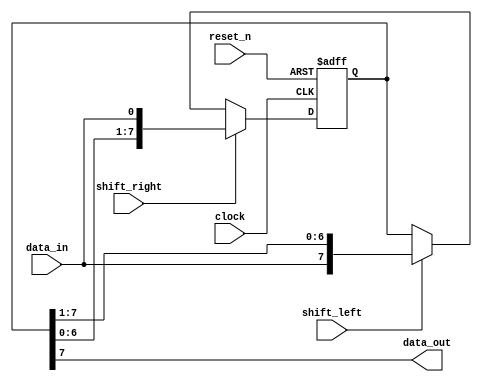
module shift_register(
  input wire clock,
  input wire reset_n,
  input wire shift_right,
  input wire shift_left,
  input wire data_in,
  output reg data_out
);

reg [7:0] reg_data;

always @(posedge clock or negedge reset_n) begin
  if (~reset_n) begin
    reg_data <= 8'b0;
  end else begin
    if (shift_right) begin
      reg_data <= {reg_data[6:0], data_in};
    end else if (shift_left) begin
      reg_data <= {data_in, reg_data[7:1]};
    end
  end
end

assign data_out = reg_data[7];

endmodule